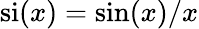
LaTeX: \mathrm{si}(x)=\mathrm{sin}(x)/x